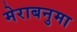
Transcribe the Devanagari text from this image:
मेराबनुमा